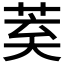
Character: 𮏌